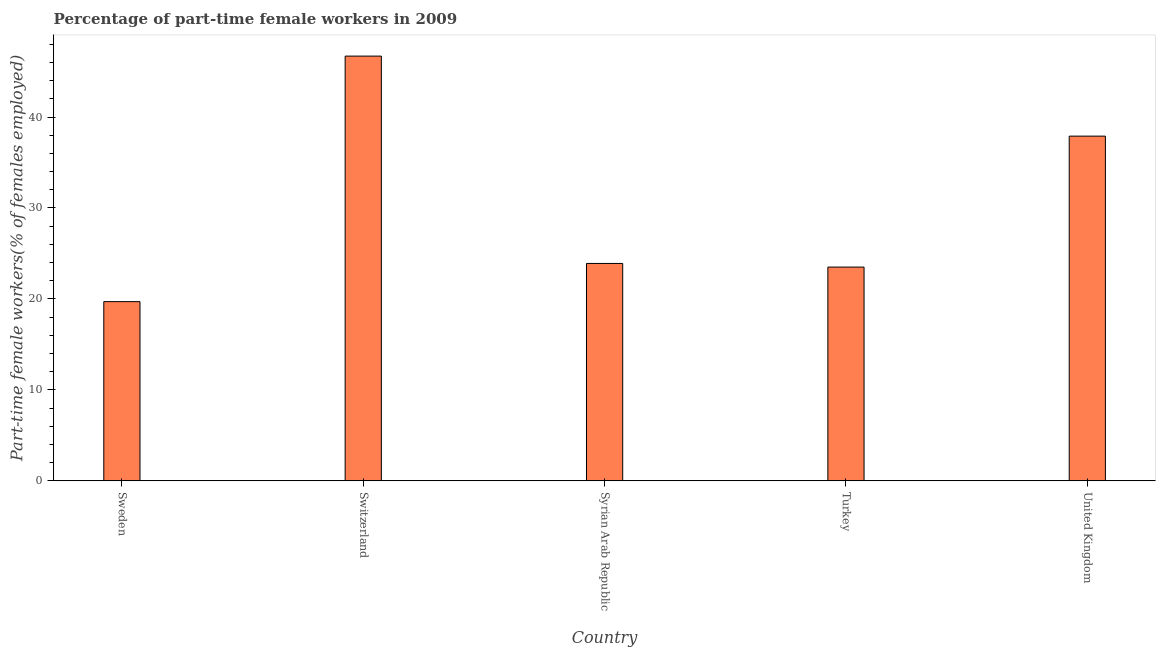
| Country | Part time employment |
 | --- | --- |
 | Sweden | 19.7 |
 | Switzerland | 46.7 |
 | Syrian Arab Republic | 23.9 |
 | Turkey | 23.5 |
 | United Kingdom | 37.9 |